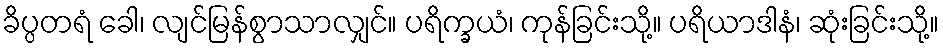
ခိပ္ပတရံ ခေါ၊ လျင်မြန်စွာသာလျှင်။ ပရိက္ခယံ၊ ကုန်ခြင်းသို့။ ပရိယာဒါနံ၊ ဆုံးခြင်းသို့။